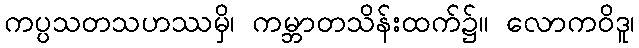
ကပ္ပသတသဟဿမှိ၊ ကမ္ဘာတသိန်းထက်၌။ လောကဝိဒူ၊